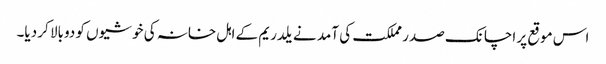
اس موقع پر اچانک صدر مملکت کی آمد نے یلدریم کے اہل خانہ کی خوشیوں کو دوبالا کر دیا۔